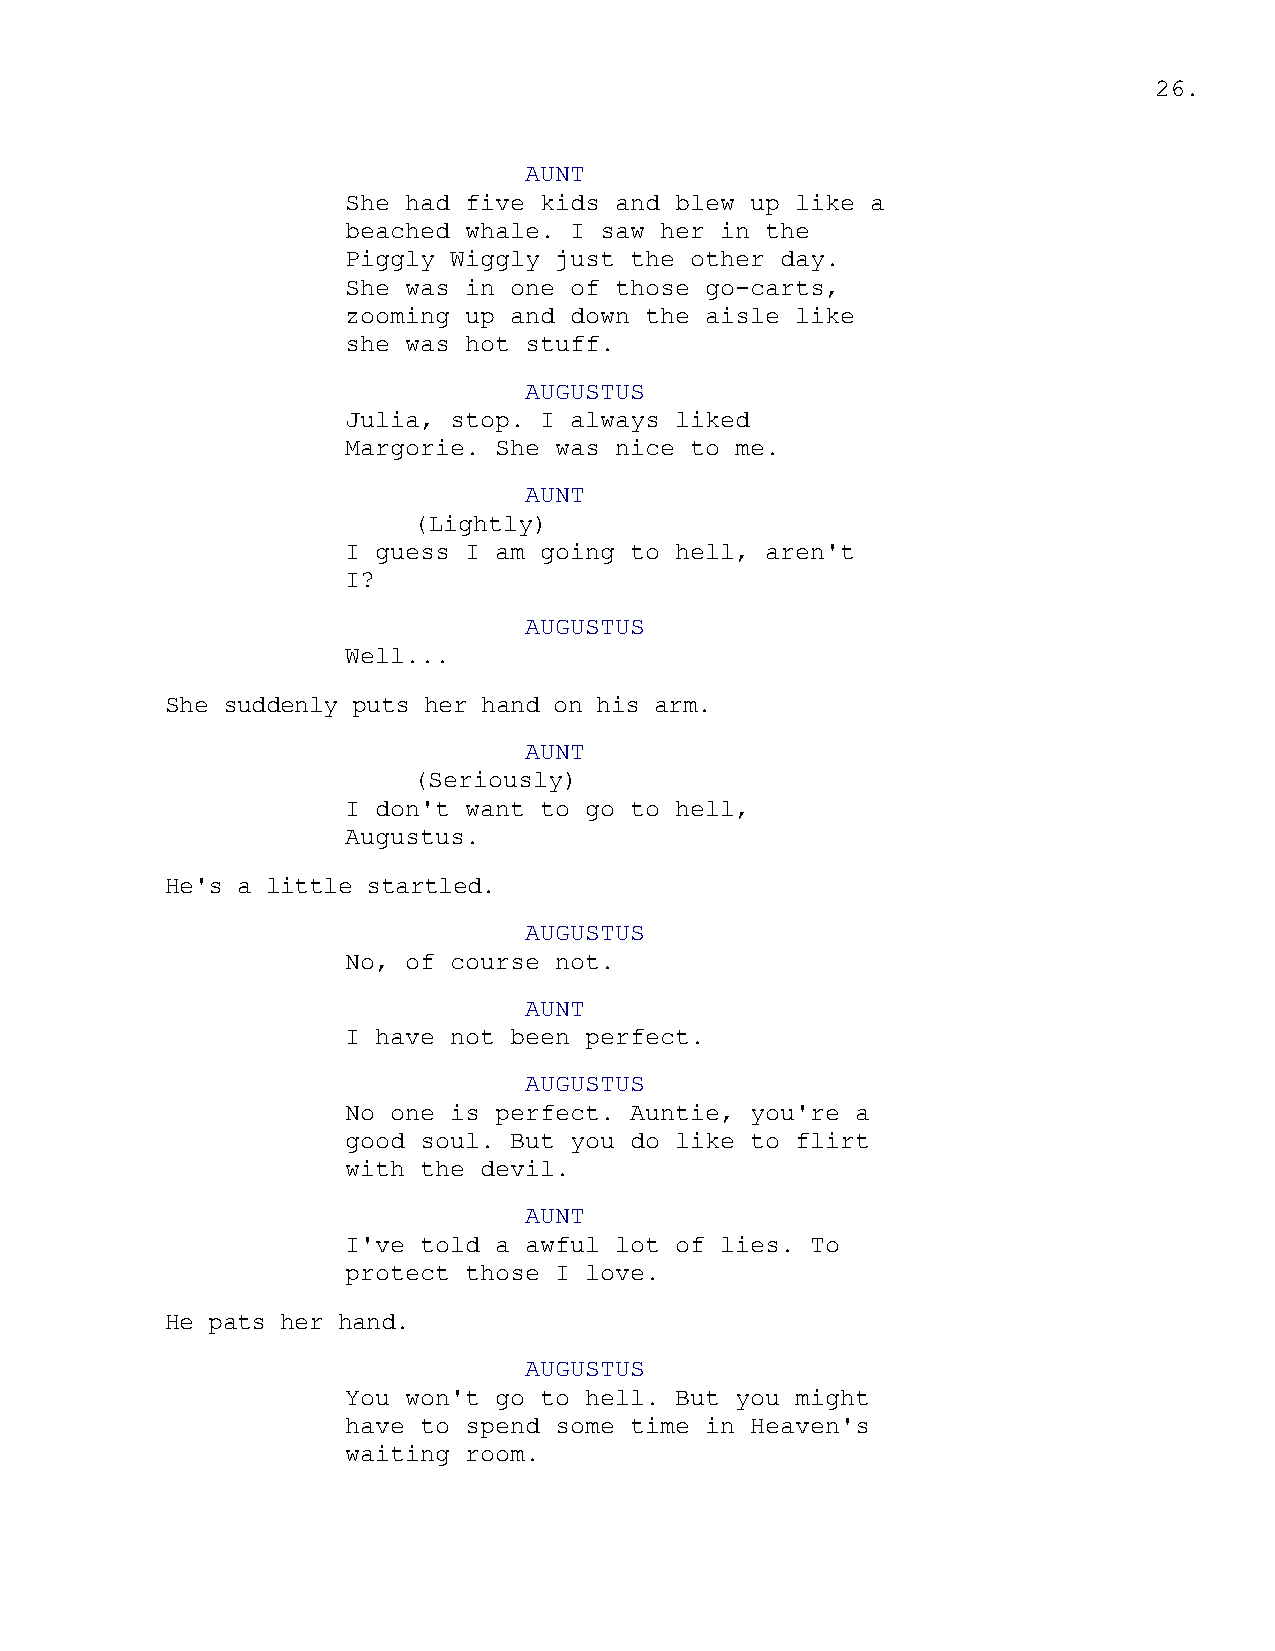
26.
 AUNT
 She had five kids and blew up like a
 beached whale. I saw her in the
 Piggly Wiggly just the other day.
 She was in one of those go-carts,
 zooming up and down the aisle like
 she was hot stuff.
 AUGUSTUS
 Julia, stop. I always liked
 Margorie. She was nice to me.
 AUNT
 (Lightly)
 I guess I am going to hell, aren't
 I?
 AUGUSTUS
 Well...
 She suddenly puts her hand on his arm.
 AUNT
 (Seriously)
 I don't want to go to hell,
 Augustus.
 He's a little startled.
 AUGUSTUS
 No, of course not.
 AUNT
 I have not been perfect.
 AUGUSTUS
 No one is perfect. Auntie, you're a
 good soul. But you do like to flirt
 with the devil.
 AUNT
 I've told a awful lot of lies. To
 protect those I love.
 He pats her hand.
 AUGUSTUS
 You won't go to hell. But you might
 have to spend some time in Heaven's
 waiting room.